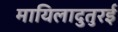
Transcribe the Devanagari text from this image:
मायिलादुतुरई